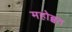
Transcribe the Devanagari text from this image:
महोब्बत